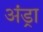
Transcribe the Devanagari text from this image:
अंड्रा